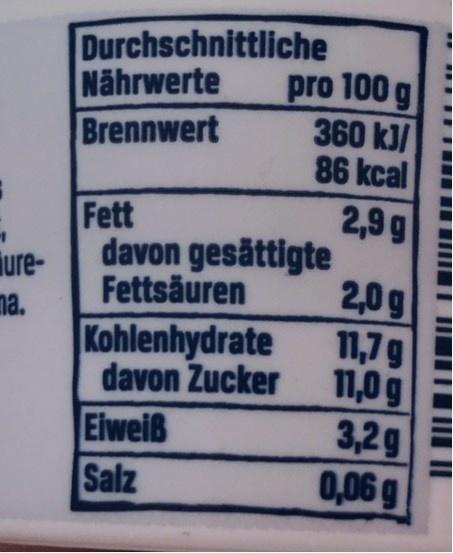
Durchschnittliche pro 100 g 360 kJ/ 86 kcal
Nährwerte Brennwert
Fett
2,9 g
iure- na.
davon gesättigte Fettsäuren
Kohlenhydrate davon Zucker Eiweiß Salz
2,0g 11,7g 11,0 g 3,2g 0,06 g